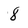
Character: 8